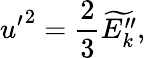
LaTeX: {u^{\prime}}^{2}=\frac{2}{3}\widetilde{E_{k}^{\prime\prime}},